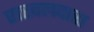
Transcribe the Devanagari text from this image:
राखलदास